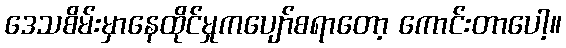
ဒေသစိမ်းမှာနေထိုင်မှုကပျော်စရာတော့ ကောင်းတာပေါ့။